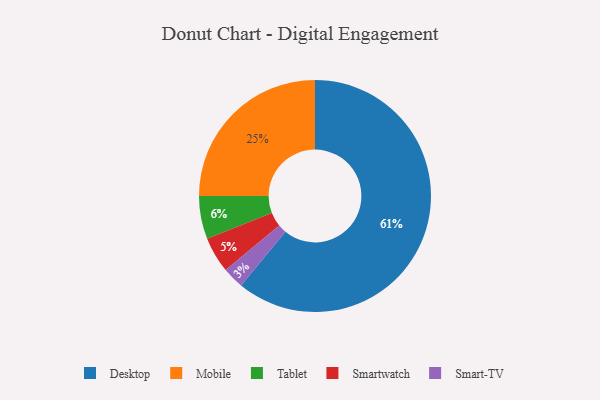
{"axis": {"x": "Category", "y": "Percentage"}, "legend": ["Desktop", "Mobile", "Smart-TV", "Smartwatch", "Tablet"], "data": [{"x": "Mobile", "y": 25, "type": "Mobile"}, {"x": "Smart-TV", "y": 3, "type": "Smart-TV"}, {"x": "Tablet", "y": 6, "type": "Tablet"}, {"x": "Smartwatch", "y": 5, "type": "Smartwatch"}, {"x": "Desktop", "y": 61, "type": "Desktop"}]}